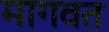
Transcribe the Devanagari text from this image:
मागवत